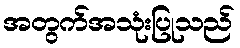
အတွက်အသုံးပြုသည်